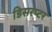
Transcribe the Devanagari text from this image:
डिसरप्टर